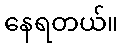
နေရတယ်။